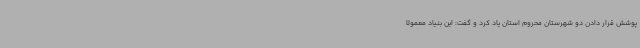
پوشش قرار دادن دو شهرستان محروم استان یاد کرد و گفت: این بنیاد معمولا